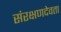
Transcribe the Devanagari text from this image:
संरक्षणदेवता